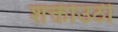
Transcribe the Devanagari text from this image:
शक्तीउठी